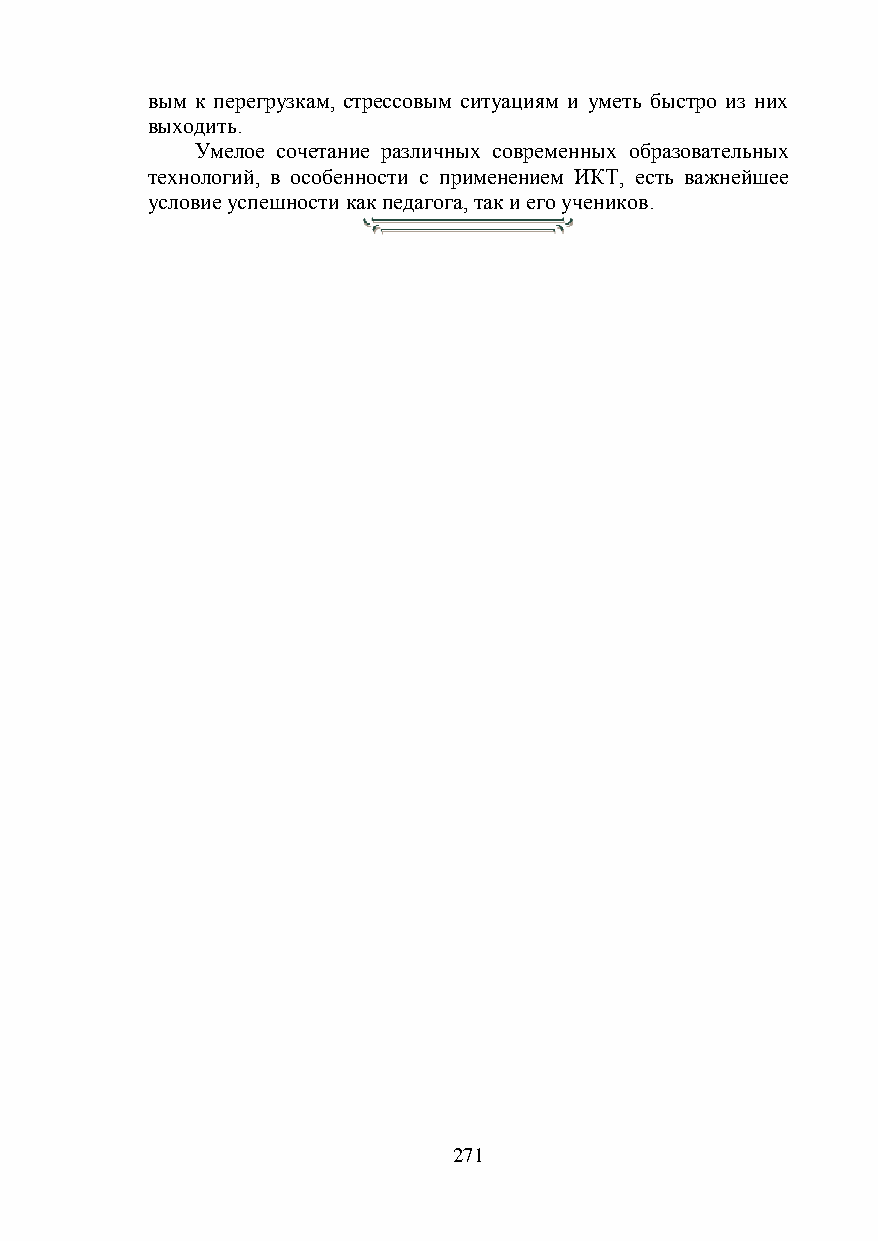
вым к перегрузкам, стрессовым ситуациям и уметь быстро из них
 выходить.
 Умелое сочетание различных современных образовательных
 технологий, в особенности с применением ИКТ, есть важнейшее
 условие успешности как педагога, так и его учеников.
 271